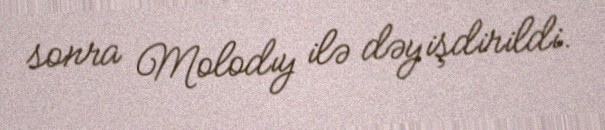
sonra Molodıy ilə dəyişdirildi.